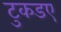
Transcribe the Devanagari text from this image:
टुकडए